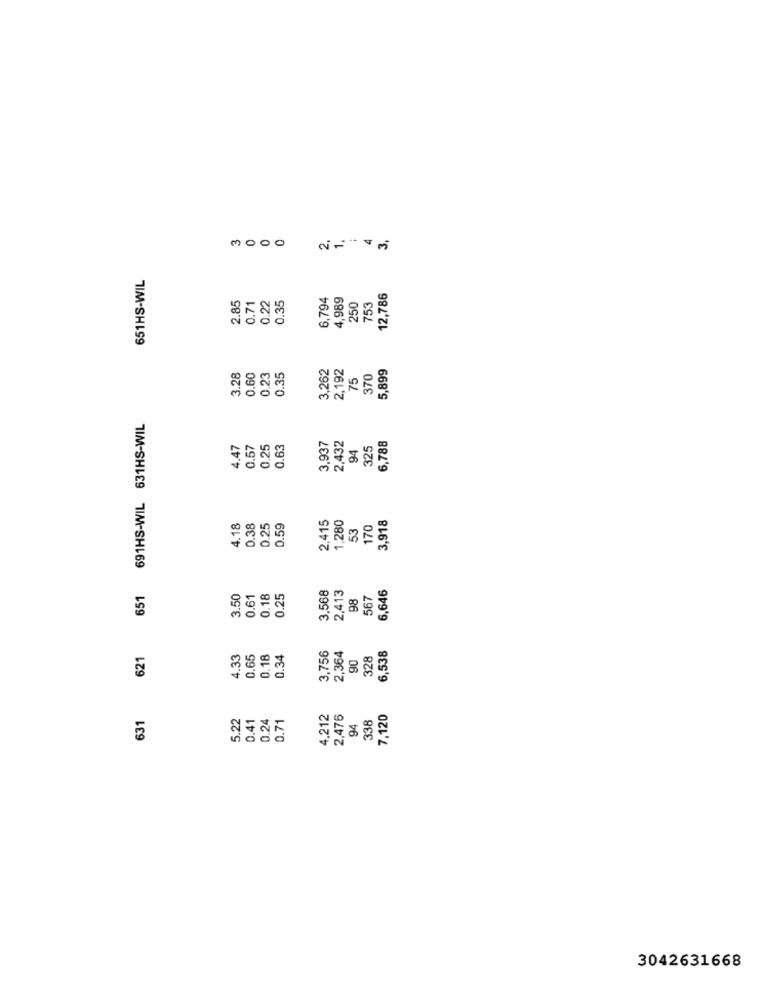
2.
3
651HS-WIL
2.85
0.71
0.22
0.35
6,794
4,989
12,786
250
753
3,262
2,192
5,899
3.28
0.60
0.23
0.35
75
370
691HS-WIL 631HS-WIL
2,432
6,788
4.47
0.57
0.25
0.63
3,937
94
325
2,415
1,280
3,918
4.18
0.38
0.25
0.59
53
170
3,568
6,646
651
3.50
0.61
0.18
0.25
2.413
98
567
6,538
621
4.33
0.65
0.18
0.34
3,756
2,364
90
328
631
5.22
0.41
0.24
4,212
2.476
338
7,120
0.71
94
3042631668